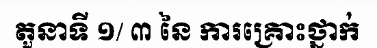
តួនាទី ១/ ៣ នៃ ការគ្រោះថ្នាក់